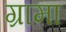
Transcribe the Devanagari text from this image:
ग्रामा